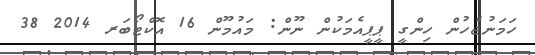
ހަމަނުޖެހުން ހިންގީ ޕީޕީއެމަކުން ނޫން: މައުމޫން 16 އޮކްޓޯބަރ 2014 38